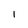
Character: I